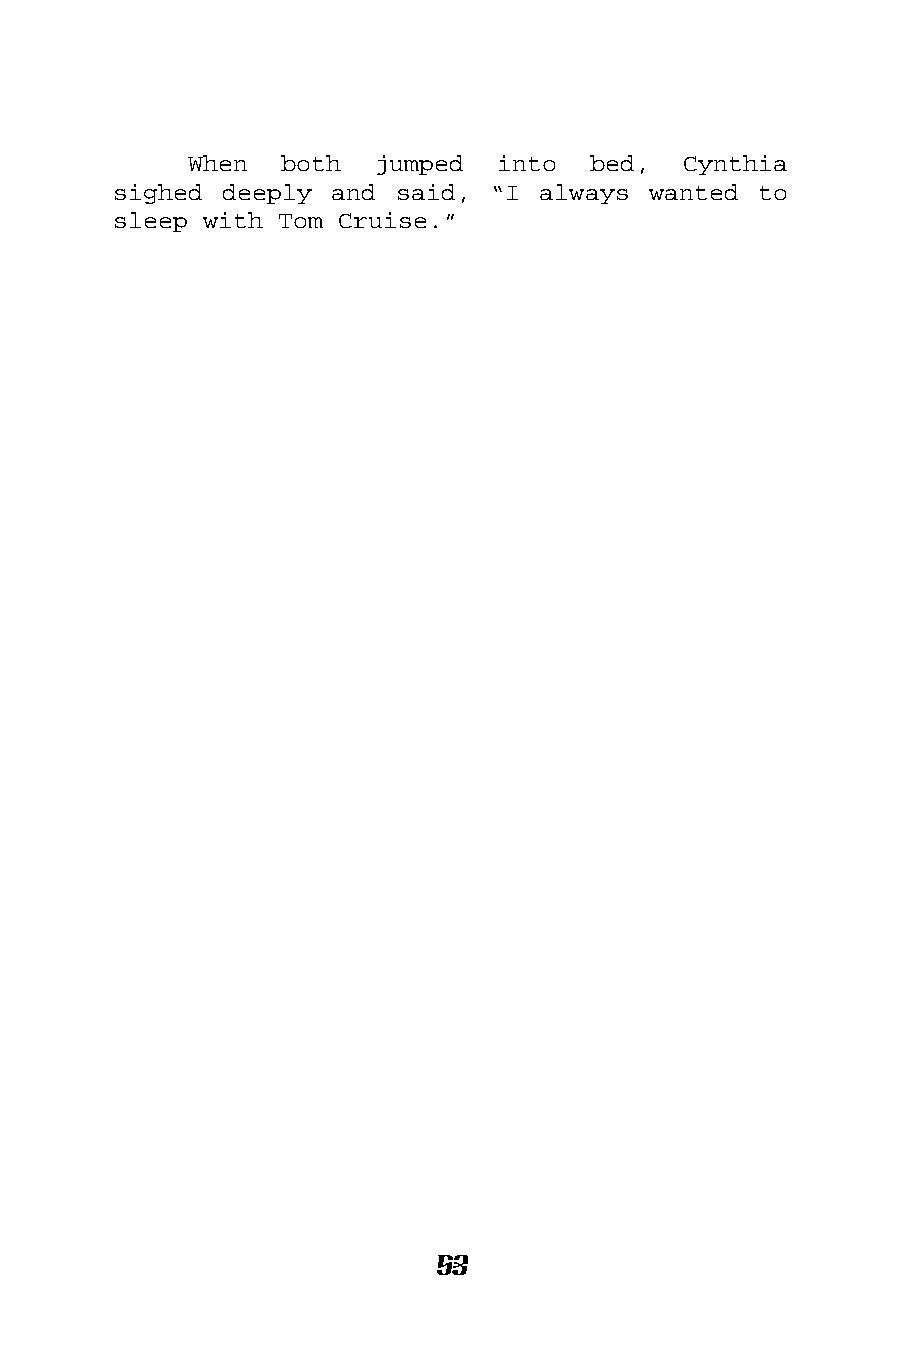
When  both  jumped  into  bed,   Cynthia
 sighed deeply and  said, “I always wanted  to
 sleep with Tom Cruise.”
 53